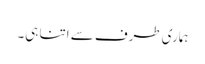
ہماری طرف سے اتنا ہی۔